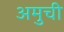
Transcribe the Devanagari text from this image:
अमुची